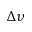
\Delta \nu